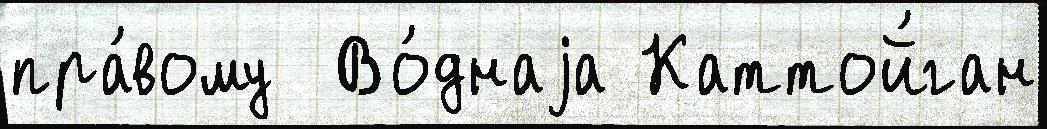
пра́вому  Во́днаjа Каттой́ган